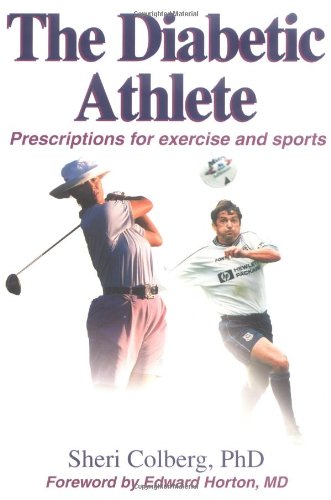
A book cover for The Diabetic Athlete; Sheri Colberg; Sports & Outdoors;